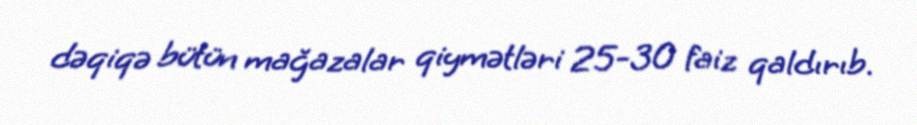
dəqiqə bütün mağazalar qiymətləri 25-30 faiz qaldırıb.